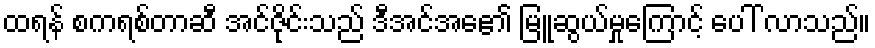
ထရန် စကရစ်တာဆီ အင်ဇိုင်းသည် ဒီအင်အေ၏ မြူဆွယ်မှုကြောင့် ပေါ် လာသည်။